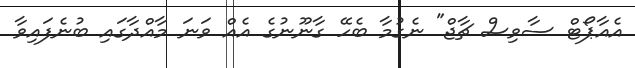
އެއާޕޯޓް ސާވިސް ޗާޖް" ނެގުމާ ބެހޭ ގާނޫނުގެ އެއް ވަނަ މާއްދާގައި ބުނެފައިވާ